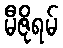
မီဇိုရမ်